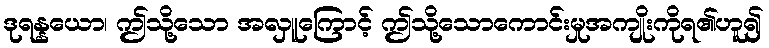
ဒုရန္နယော၊ ဤသို့သော အလှူကြောင့် ဤသို့သောကောင်းမှုအကျိုးကိုရ၏ဟူ၍